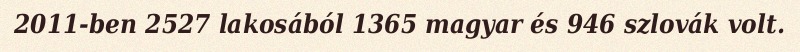
2011-ben 2527 lakosából 1365 magyar és 946 szlovák volt.